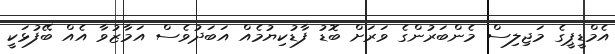
އެމްޑީޕީގެ މަޖިލިސް މެންބަރުންގެ ވަރަށް ބޮޑު ފާޑުކިޔުމެއް އަބަދުވެސް އަމާޒުވާ އެއް ބޭފުޅަކީ